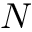
\ensuremath { N }